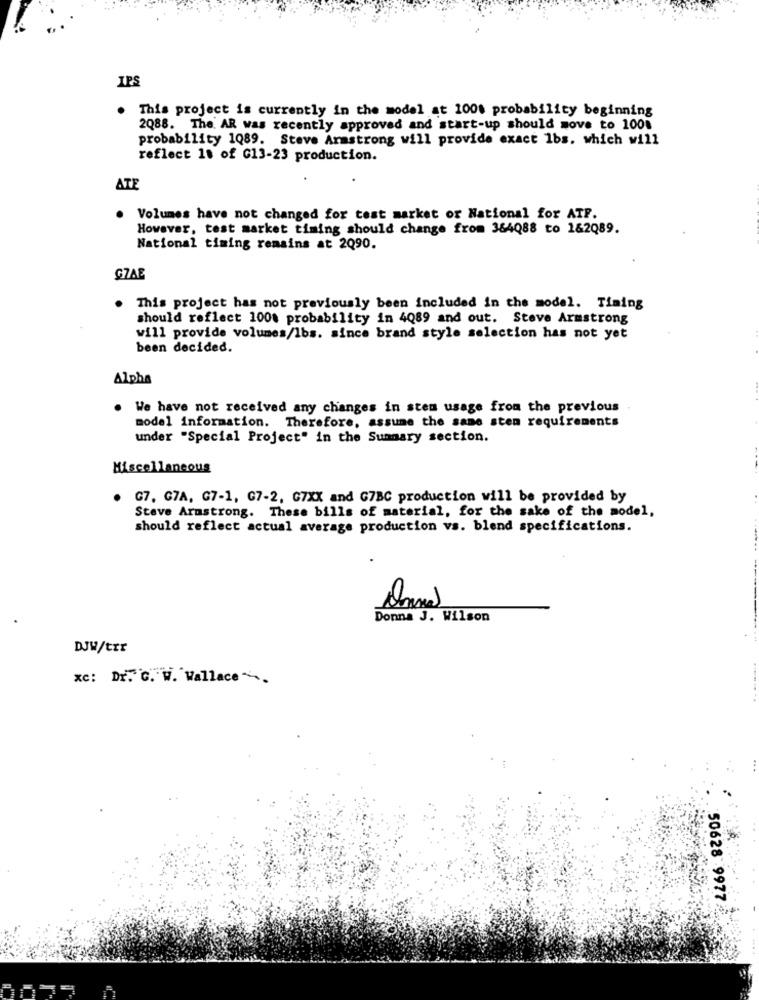
IPS
. This project is currently in the model at 100% probability beginning
2Q88. The AR was recently approved and start-up should move to 100%
probability 1Q89. Steve Armstrong will provide exact lbs. which will
reflect 18 of G13-23 production.
ATE
Volumes have not changed for test market or National for ATF.
However, test market timing should change from 364Q88 to 1&2Q89.
National timing remains at 2Q90.
GZAE
. This project has not previously been included in the model. Timing
should reflect 100% probability in 4Q89 and out. Steve Armstrong
will provide volumes/lbs. since brand style selection has not yet
been decided.
Alpha
. We have not received any changes in sten usage from the previous
model information. Therefore, assume the same sten requirements
under "Special Project" in the Sunnary section.
Miscellaneous
G7. G7A, G7-1, G7-2, G7XX and G7BC production will be provided by
Steve Armstrong. These bills of material, for the sake of the model,
should reflect actual average production vs. blend specifications.
Donna J. Wilson
DJW/trr
xc: Dr."c. W. Wallace~
50628 9977